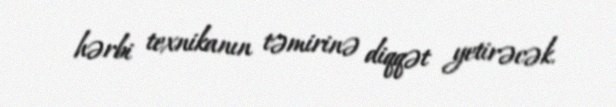
hərbi texnikanın təmirinə diqqət yetirəcək.